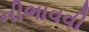
નીભાવવી